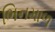
ભિનમાળ